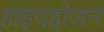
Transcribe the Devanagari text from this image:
हाइदड्रोजन